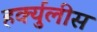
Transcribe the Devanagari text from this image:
हर्क्युलीस